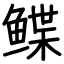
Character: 鲽